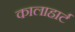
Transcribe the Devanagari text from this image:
कालाहार्ट